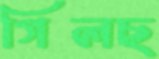
গিলছ